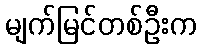
မျက်မြင်တစ်ဦးက